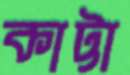
কাট্টা